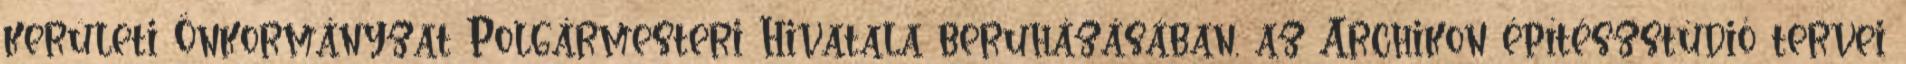
kerületi Önkormányzat Polgármesteri Hivatala beruházásában, az Archikon építészstúdió tervei